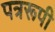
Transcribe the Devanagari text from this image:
पत्ररूपी